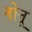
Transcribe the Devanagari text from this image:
नोनू